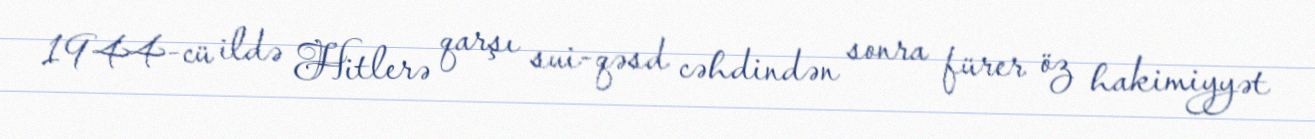
1944-cü ildə Hitlerə qarşı sui-qəsd cəhdindən sonra fürer öz hakimiyyət